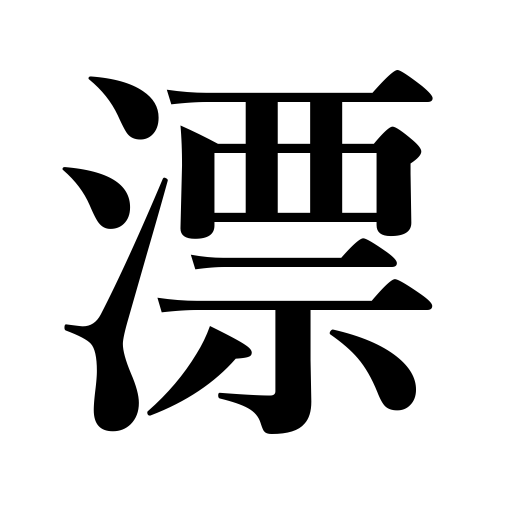
Meanings: float on the water